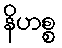
နိဟစ္စ